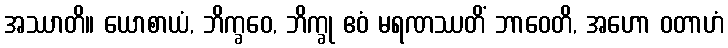
အဿာတိ။ ယောစာယံ, ဘိက္ခဝေ, ဘိက္ခု ဧဝံ မရဏဿတိံ ဘာဝေတိ, အဟော ဝတာဟံ